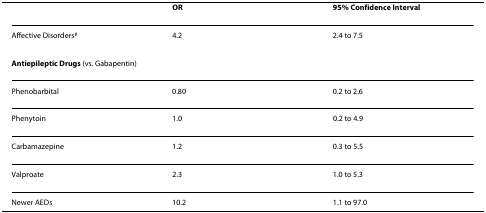
<table><thead><tr><td></td><td><b>OR</b></td><td><b>95% Confidence Interval</b></td></tr></thead><tbody><tr><td> Affective Disorders<sup>#</sup></td><td>4.2</td><td>2.4 to 7.5</td></tr><tr><td><b>Antiepileptic Drugs </b>(vs. Gabapentin)</td><td></td><td></td></tr><tr><td> Phenobarbital</td><td>0.80</td><td>0.2 to 2.6</td></tr><tr><td> Phenytoin</td><td>1.0</td><td>0.2 to 4.9</td></tr><tr><td> Carbamazepine</td><td>1.2</td><td>0.3 to 5.5</td></tr><tr><td> Valproate</td><td>2.3</td><td>1.0 to 5.3</td></tr><tr><td> Newer AEDs</td><td>10.2</td><td>1.1 to 97.0</td></tr></tbody></table>